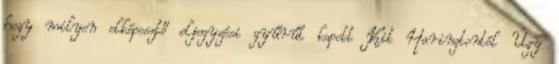
hogy milyen elképesztő eljegyzési gyűrűt kapott Kit Haringtontól Úgy